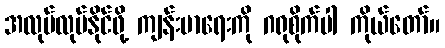
အလုပ်လုပ်နိုင်ဖို့ ကျန်းမာရေးကို ဂရုစိုက်ပါ ကိုယ်တော်။